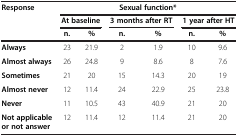
| Response | <COLSPAN=6> Sexual function* |
 |  | <COLSPAN=2> At baseline | <COLSPAN=2> 3 months after RT | <COLSPAN=2> 1 year after HT |
 |  | n. | % | n. | % | n. | % |
 | --- | --- | --- | --- | --- | --- | --- |
 | Always | 23 | 21.9 | 2 | 1.9 | 10 | 9.6 |
 | Almost always | 26 | 24.8 | 9 | 8.6 | 8 | 7.6 |
 | Sometimes | 21 | 20 | 15 | 14.3 | 20 | 19 |
 | Almost never | 12 | 11.4 | 24 | 22.9 | 25 | 23.8 |
 | Never | 11 | 10.5 | 43 | 40.9 | 21 | 20 |
 | Not applicable or not answer | 12 | 11.4 | 12 | 11.4 | 21 | 20 |